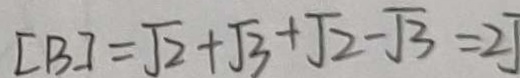
[ B ] = \sqrt { 2 } + \sqrt { 3 } + \sqrt { 2 } - \sqrt { 3 } = 2 ]